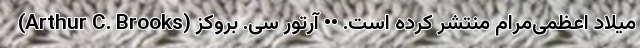
میلاد اعظمی‌مرام منتشر کرده است. •• آرتور سی. بروکز (Arthur C. Brooks)